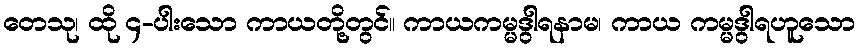
တေသု၊ ထို ၄-ပါးသော ကာယတို့တွင်။ ကာယကမ္မဒွါရနာမ၊ ကာယ ကမ္မဒွါရဟူသော